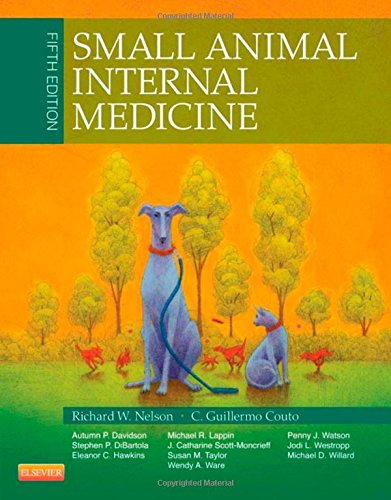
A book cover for Small Animal Internal Medicine, 5e (Small Animal Medicine); Richard W. Nelson DVM; Medical Books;